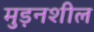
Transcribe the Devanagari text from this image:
मुड़नशील